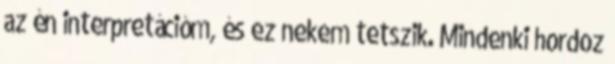
az én interpretációm, és ez nekem tetszik. Mindenki hordoz